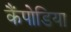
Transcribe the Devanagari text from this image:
कैंपोडिया